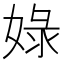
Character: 娽